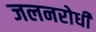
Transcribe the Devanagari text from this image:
जलनरोधी